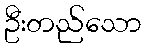
ဦးတည်သော